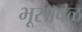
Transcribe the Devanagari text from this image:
भूसावळ